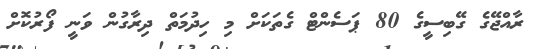
ރާއްޖޭގެ ގޭބިސީގެ 80 ޕަސެންޓް ގެތަކަށް މި ހިދުމަތް ދިރާގުން ވަނީ ފޯރުކޮށް